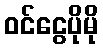
ဝင်ငွေပိုမို